Scottish Leaving Certificate Examination, 1951
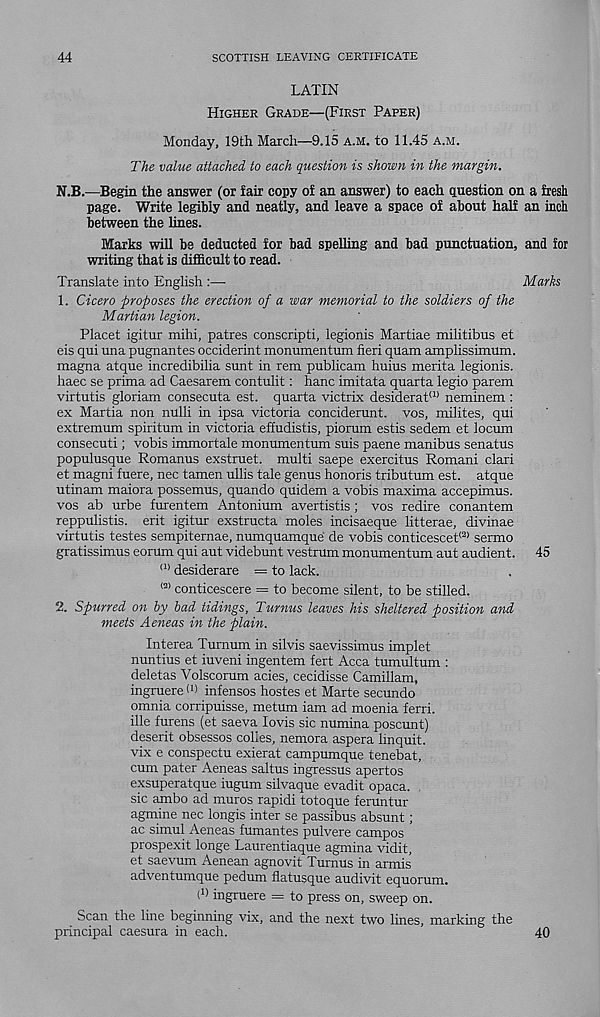
44
SCOTTISH LEAVING CERTIFICATE
LATIN
Higher Grade—(First Paper)
Monday, 19th March—9.15 a.m. to 11.45 a.m.
The value attached to each question is shown in the margin.
N.B.—Begin the answer (or fair copy of an answer) to each question on a fresh
page. Write legibly and neatly, and leave a space of about half an inch
between the lines.
Marks will be deducted for bad spelling and bad punctuation, and for
writing that is difficult to read.
Translate into English :—■
Marks
1. Cicero proposes the erection of a war memorial to the soldiers of the
Martian legion.
Placet igitur mihi, patres conscripti, legionis Martiae militibus et
eis qui una pugnantes occiderint monumentum fieri quam amplissimum.
magna atque incredibilia sunt in rena publicam huius merita legionis.
haec se prima ad Caesarem contulit: hanc imitata quarta legio parem
virtutis gloriam consecuta est. quarta victrix desiderat (1) neminem :
ex Martia non nulli in ipsa victoria conciderunt. vos, milites, qui
extremum spiritum in victoria effudistis, pioram estis sedem et locum
consecuti; vobis immortale monumentum suis paene manibus senatus
populusque Romanus exstruet. multi saepe exercitus Romani clari
et magni fuere, nec tamen ullis tale genus honoris tributum est. atque
utinam maiora possemus, quando quidem a vobis maxima accepimus.
vos ab urbe furentem Antonium avertistis; vos redire conantem
reppulistis. erit igitur exstructa moles incisaeque litterae, divinae
virtutis testes sempiternae, numquamque de vobis conticescet® sermo
gratissimus eorum qui aut videbunt vestrum monumentum aut audient. 45
(1) desiderare = to lack.
<2) conticescere = to become silent, to be stilled.
’2. Spurred on by bad tidings, Turnus leaves his sheltered position and
meets Aeneas in the plain.
Interea Turnum in silvis saevissimus implet
nuntius et iuveni ingentem fert Acca tumultum :
deletas Volscorum acies, cecidisse Camillam,
ingruere W infensos hostes et Marte secundo
omnia corripuisse, metum iam ad moenia ferri.
file furens (et saeva lovis sic numina poscunt)
deserit obsesses colies, nemora aspera linquit.
vix e conspectu exierat campumque tenebat,
cum pater Aeneas saltus ingressus apertos
exsuperatque iugum silvaque evadit opaca.
sic ambo ad muros rapidi totoque feruntur
agmine nec longis inter se passibus absunt;
ac simul Aeneas fumantes pulvere campos
prospexit longe Laurentiaque agmina vidit,
et saevum Aenean agnovit Turnus in armis
adventumque pedum flatusque audivit equorum.
fi) ingruere = to press on, sweep on.
Scan the line beginning vix, and the next two lines, marking the
principal caesura in each.
40